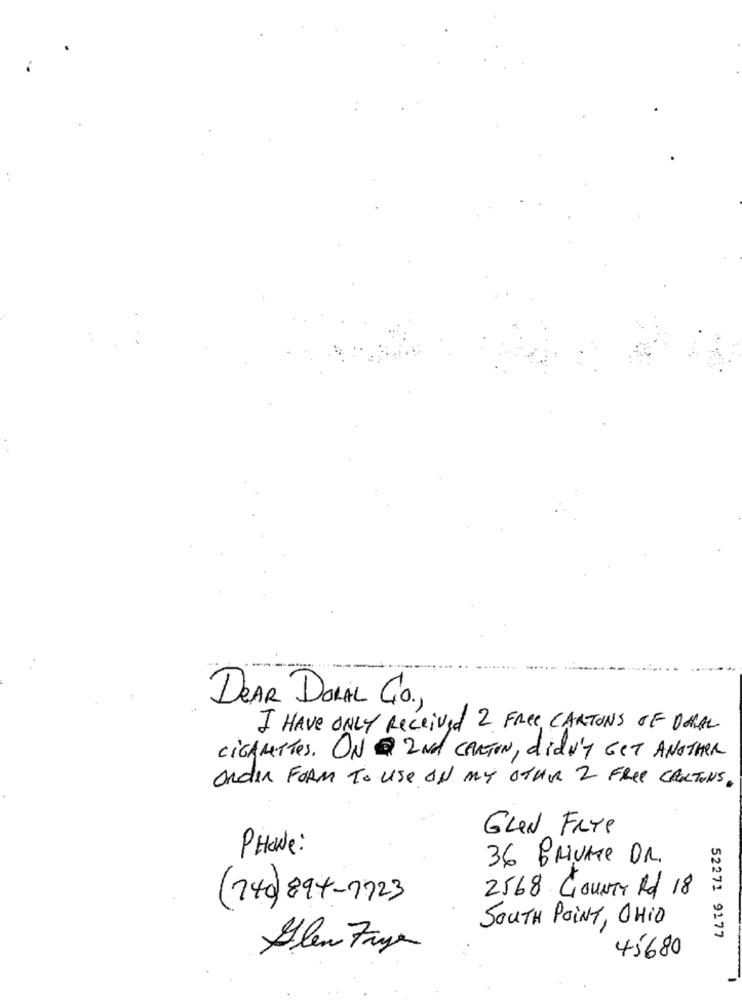
.....
DEAR DORAL CO .,
I HAVE ONLY Received 2 Free CARTONS OF DARAL
CiGANTTes. ON @ 2Nd CARTON, didn't GET ANOTHER
Order FORM To use ON MY OTHER 2 FREE CARTONS.
GLIN FRYe
PHONE:
36 BRUKTE DR.
20
(240)894-1723
2568 Gour Rd 18
SOUTH POINT, OHIO
52271 9177
Glen Fazer
45680